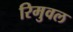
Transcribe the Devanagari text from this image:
रिमुवल